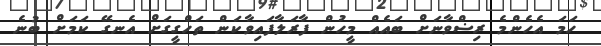
ހަމަ އެހެންމެ ރިޟްވާނަށް ބައެއް މީހުން ފާރަލާފައިވާކަން ތަހްގީގަށް އެނގޭ ކަމަށް ބުނެ